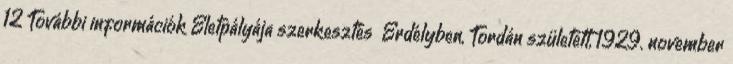
12 További információk Életpályája szerkesztés Erdélyben, Tordán született, 1929. november